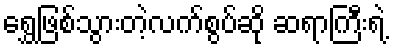
ရွှေဖြစ်သွားတဲ့လက်စွပ်ဆို ဆရာကြီးရဲ့